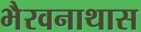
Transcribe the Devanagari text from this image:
भैरवनाथास